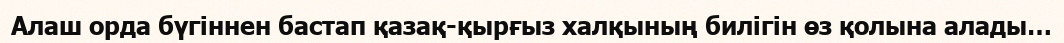
Алаш орда бүгіннен бастап қазақ-қырғыз халқының билігін өз қолына алады…